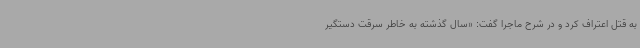
به قتل اعتراف کرد و در شرح ماجرا گفت: «سال گذشته به خاطر سرقت دستگیر